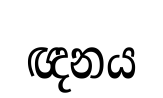
ඥනය